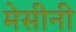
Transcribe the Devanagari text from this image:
मेसीनी